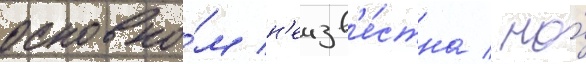
основно́м н'еизв'е́стна / но́